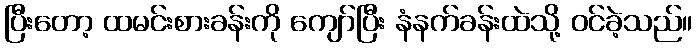
ပြီးတော့ ထမင်းစားခန်းကို ကျော်ပြီး နံနက်ခန်းထဲသို့ ဝင်ခဲ့သည်။